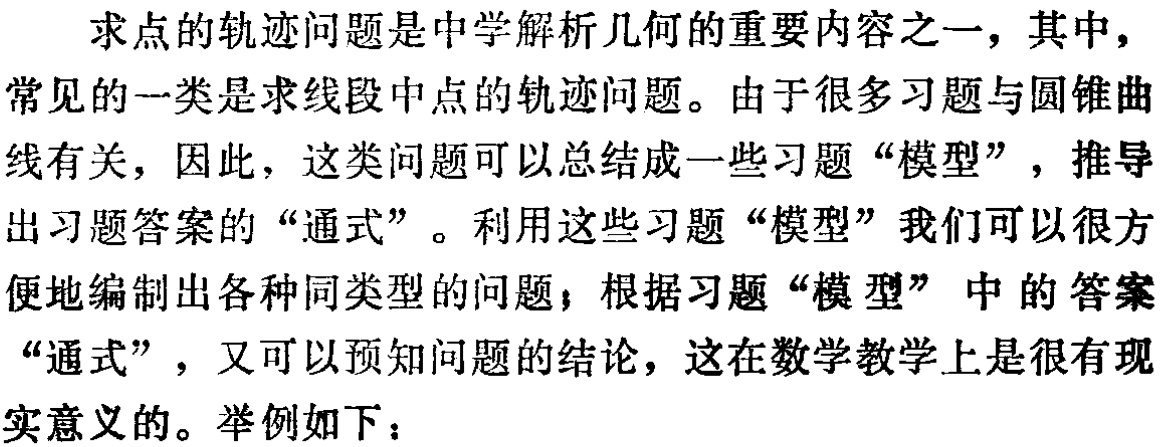
求点的轨迹问题是中学解析几何的重要内容之一，其中，常见的一类是求线段中点的轨迹问题。由于很多习题与圆锥曲线有关，因此，这类问题可以总结成一些习题“模型”，推导出习题答案的“通式”。利用这些习题“模型”我们可以很方便地编制出各种同类型的问题；根据习题“模型”中的答案“通式”，又可以预知问题的结论，这在数学教学上是很有现实意义的。举例如下：